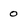
Character: 0